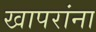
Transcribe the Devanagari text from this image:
खापरांना